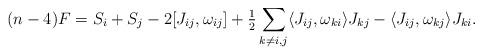
LaTeX: \begin{align*}(n-4)F = S_i + S_j - 2[J_{ij}, \omega_{ij} ] + \tfrac 12 \sum_{k\neq i,j} \langle J_{ij}, \omega_{ki} \rangle J_{kj} - \langle J_{ij}, \omega_{kj} \rangle J_{ki}.\end{align*}